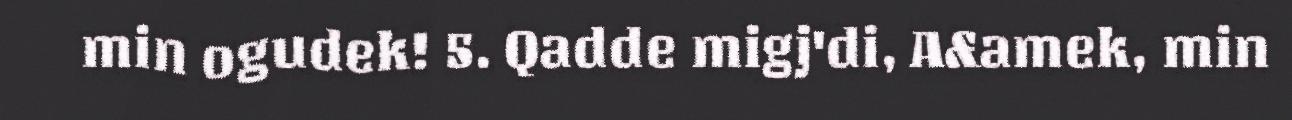
min ogudek! 5. Qadde migj'di, A&amek, min